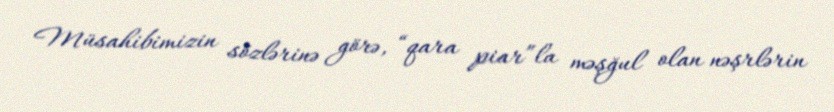
Müsahibimizin sözlərinə görə, “qara piar”la məşğul olan nəşrlərin